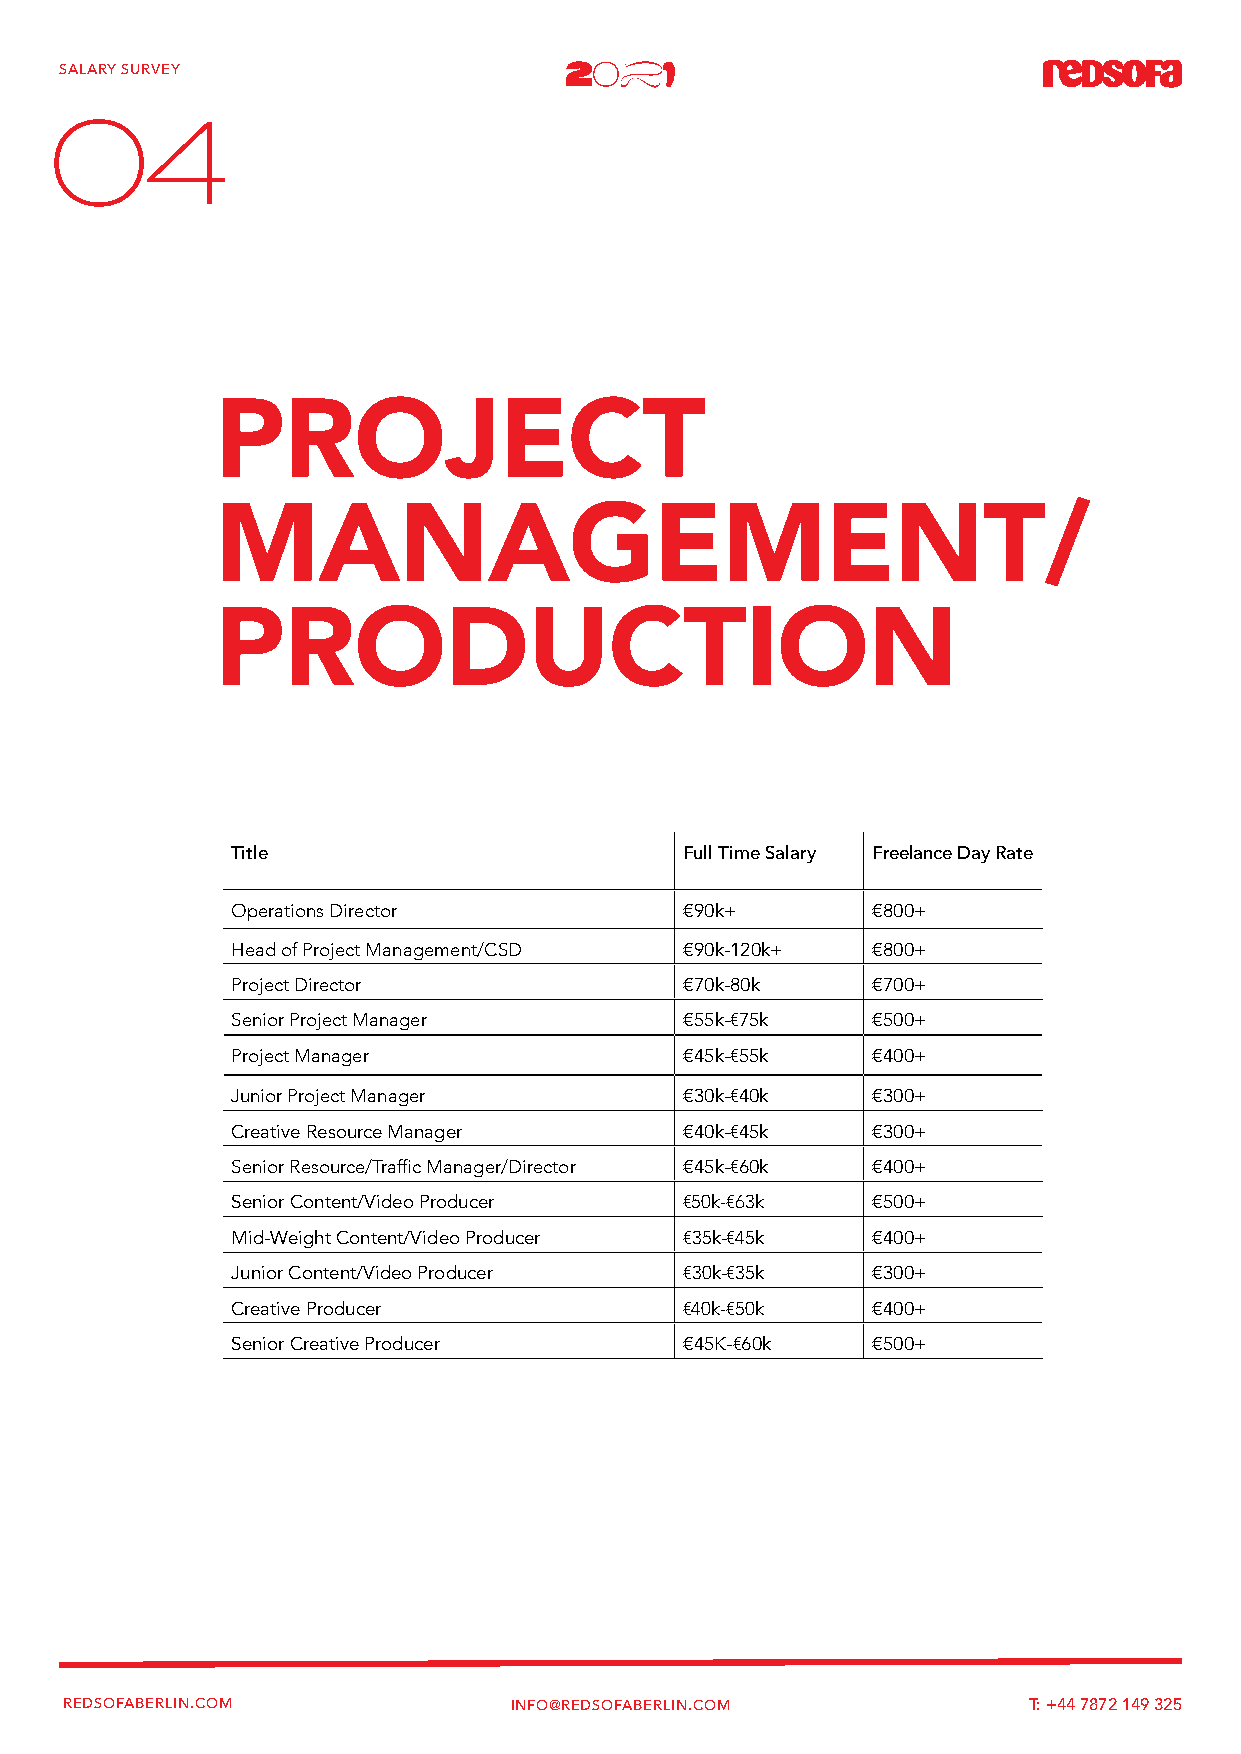
SALARY SURVEY
 04
 PROJECT
 MANAGEMENT/
 PRODUCTION
 Title                         Full Time Salary Freelance Day Rate
 Operations Director           €90k+        €800+
 Head of Project Management/CSD €90k-120k+  €800+
 Project Director              €70k-80k     €700+
 Senior Project Manager        €55k-€75k    €500+
 Project Manager               €45k-€55k    €400+
 Junior Project Manager        €30k-€40k    €300+
 Creative Resource Manager     €40k-€45k    €300+
 Senior Resource/Traffic Manager/Director €45k-€60k €400+
 Senior Content/Video Producer €50k-€63k    €500+
 Mid-Weight Content/Video Producer €35k-€45k €400+
 Junior Content/Video Producer €30k-€35k    €300+
 Creative Producer             €40k-€50k    €400+
 Senior Creative Producer      €45K-€60k    €500+
 REDSOFABERLIN.COM             INFO@REDSOFABERLIN.COM            T: +44 7872 149 325